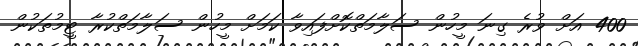
400 އަށް ވުރެ ގިނަ މީހުން ސަލާމަތްކޮށްފައިވާ ކަމަށް މީހުން ސަލާމަތްކުރާ ޓީމުތަކުން